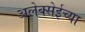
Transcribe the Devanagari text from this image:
अलेक्सेईच्या